Outbreak of cholera in the village of Akhoree, in the Mirzapore district
Disease focus: Cholera
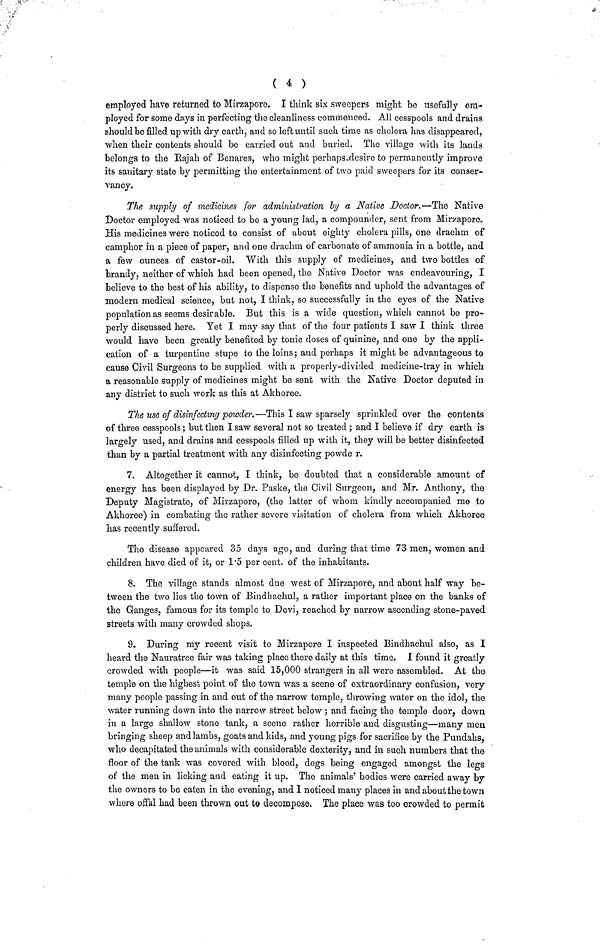
( 4 )
employed have returned to Mirzaporc. I think six sweepers might be usefully em-
ployed for some days in perfecting the cleanliness commenced. All cesspools and drains
should bo filled up with dry earth, and so left until such time as cholera has disappeared,
when their contents should be carried out and buried. The village with its lands
belongs to the Rajah of Benares, who might perhaps-dcsire to permanently improve
its sanitary state by permitting the entertainment of two paid sweepers for its conser-
vancy.
The supply of medicines for administration by a Native Doctor.—The Native
Doctor employed was noticed to be a young lad, a compounder, sent from Mirzapore.
His medicines were noticed to consist of about eighty cholera pills, one drachm of
camphor in a piece of paper, and one drachm of carbonate of ammonia in a bottle, and
a few ounces of castor-oil. With this supply of medicines, and two bottles of
brandy, neither of which had been opened, the Native Doctor was endeavouring, I
believe to the best of his ability, to dispense the benefits and uphold the advantages of
modern medical science, but not, I think, so successfully in the eyes of the Native
population as seems desirable. But this is a wide question, which cannot be pro-
perly discussed here. Yet I may say that of the four patients I saw I think three
would have been greatly benefited by tonic doses of quinine, and one by the appli-
cation of a turpentine stupe to the loins; and perhaps it might be advantageous to
cause Civil Surgeons to be supplied with a properly-divided medicine-tray in which
a reasonable supply of medicines might be sent with the Native Doctor deputed in
any district to such work as this at Akhoree.
The use of disinfecting powder.—This I saw sparsely sprinkled over the contents
of three cesspools; but then I saw several not so treated ; and I believe if dry earth is
largely used, and drains and cesspools filled up with it, they will be better disinfected
than by a partial treatment with any disinfecting powde r.
7. Altogether it cannot, I think, be doubted that a considerable amount of
energy has been displayed by Dr. Paske, the Civil Surgeon, and Mr. Anthony, the
Deputy Magistrate, of Mirzapore, (the latter of whom kindly accompanied me to
Akhoree) in combating the rather severe visitation of cholera from which Akhoree
has recently suffered.
The disease appeared 35 days ago, and during that time 73 men, women and
children have died of it, or 1.5 per cent, of the inhabitants.
8. The village stands almost due west of Mirzapore, and about half way be-
tween the two lies the town of Bindhachul, a rather important place on the banks of
the Granges, famous for its temple to Devi, reached by narrow ascending stone-paved
streets with many crowded shops.
9. During my recent visit to Mirzapore I inspected Bindhachul also, as I
heard the Nauratree fair was taking place there daily at this time. I found it greatly
crowded with people—it was said 15,000 strangers in all were assembled. At the
temple on the highest point of the town was a scene of extraordinary confusion, very
many people passing in and out of the narrow temple, throwing water on the idol, the
water running down into the narrow street below ; and facing the temple door, down
in a large shallow stone tank, a scene rather horrible and disgusting—many men
bringing sheep and lambs, goats and kids, and young pigs for sacrifice by the Pundahs,
who decapitated the animals with considerable dexterity, and in such numbers that the
floor of the tank was covered with blood, dogs being engaged amongst the legs
of the men in licking and eating it up. The animals' bodies were carried away by
the owners to be eaten in the evening, and I noticed many places in and about the town
where offal had been thrown out to decompose. The place was too crowded to permit